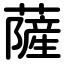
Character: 薩